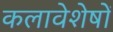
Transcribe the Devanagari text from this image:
कलावेशेषों